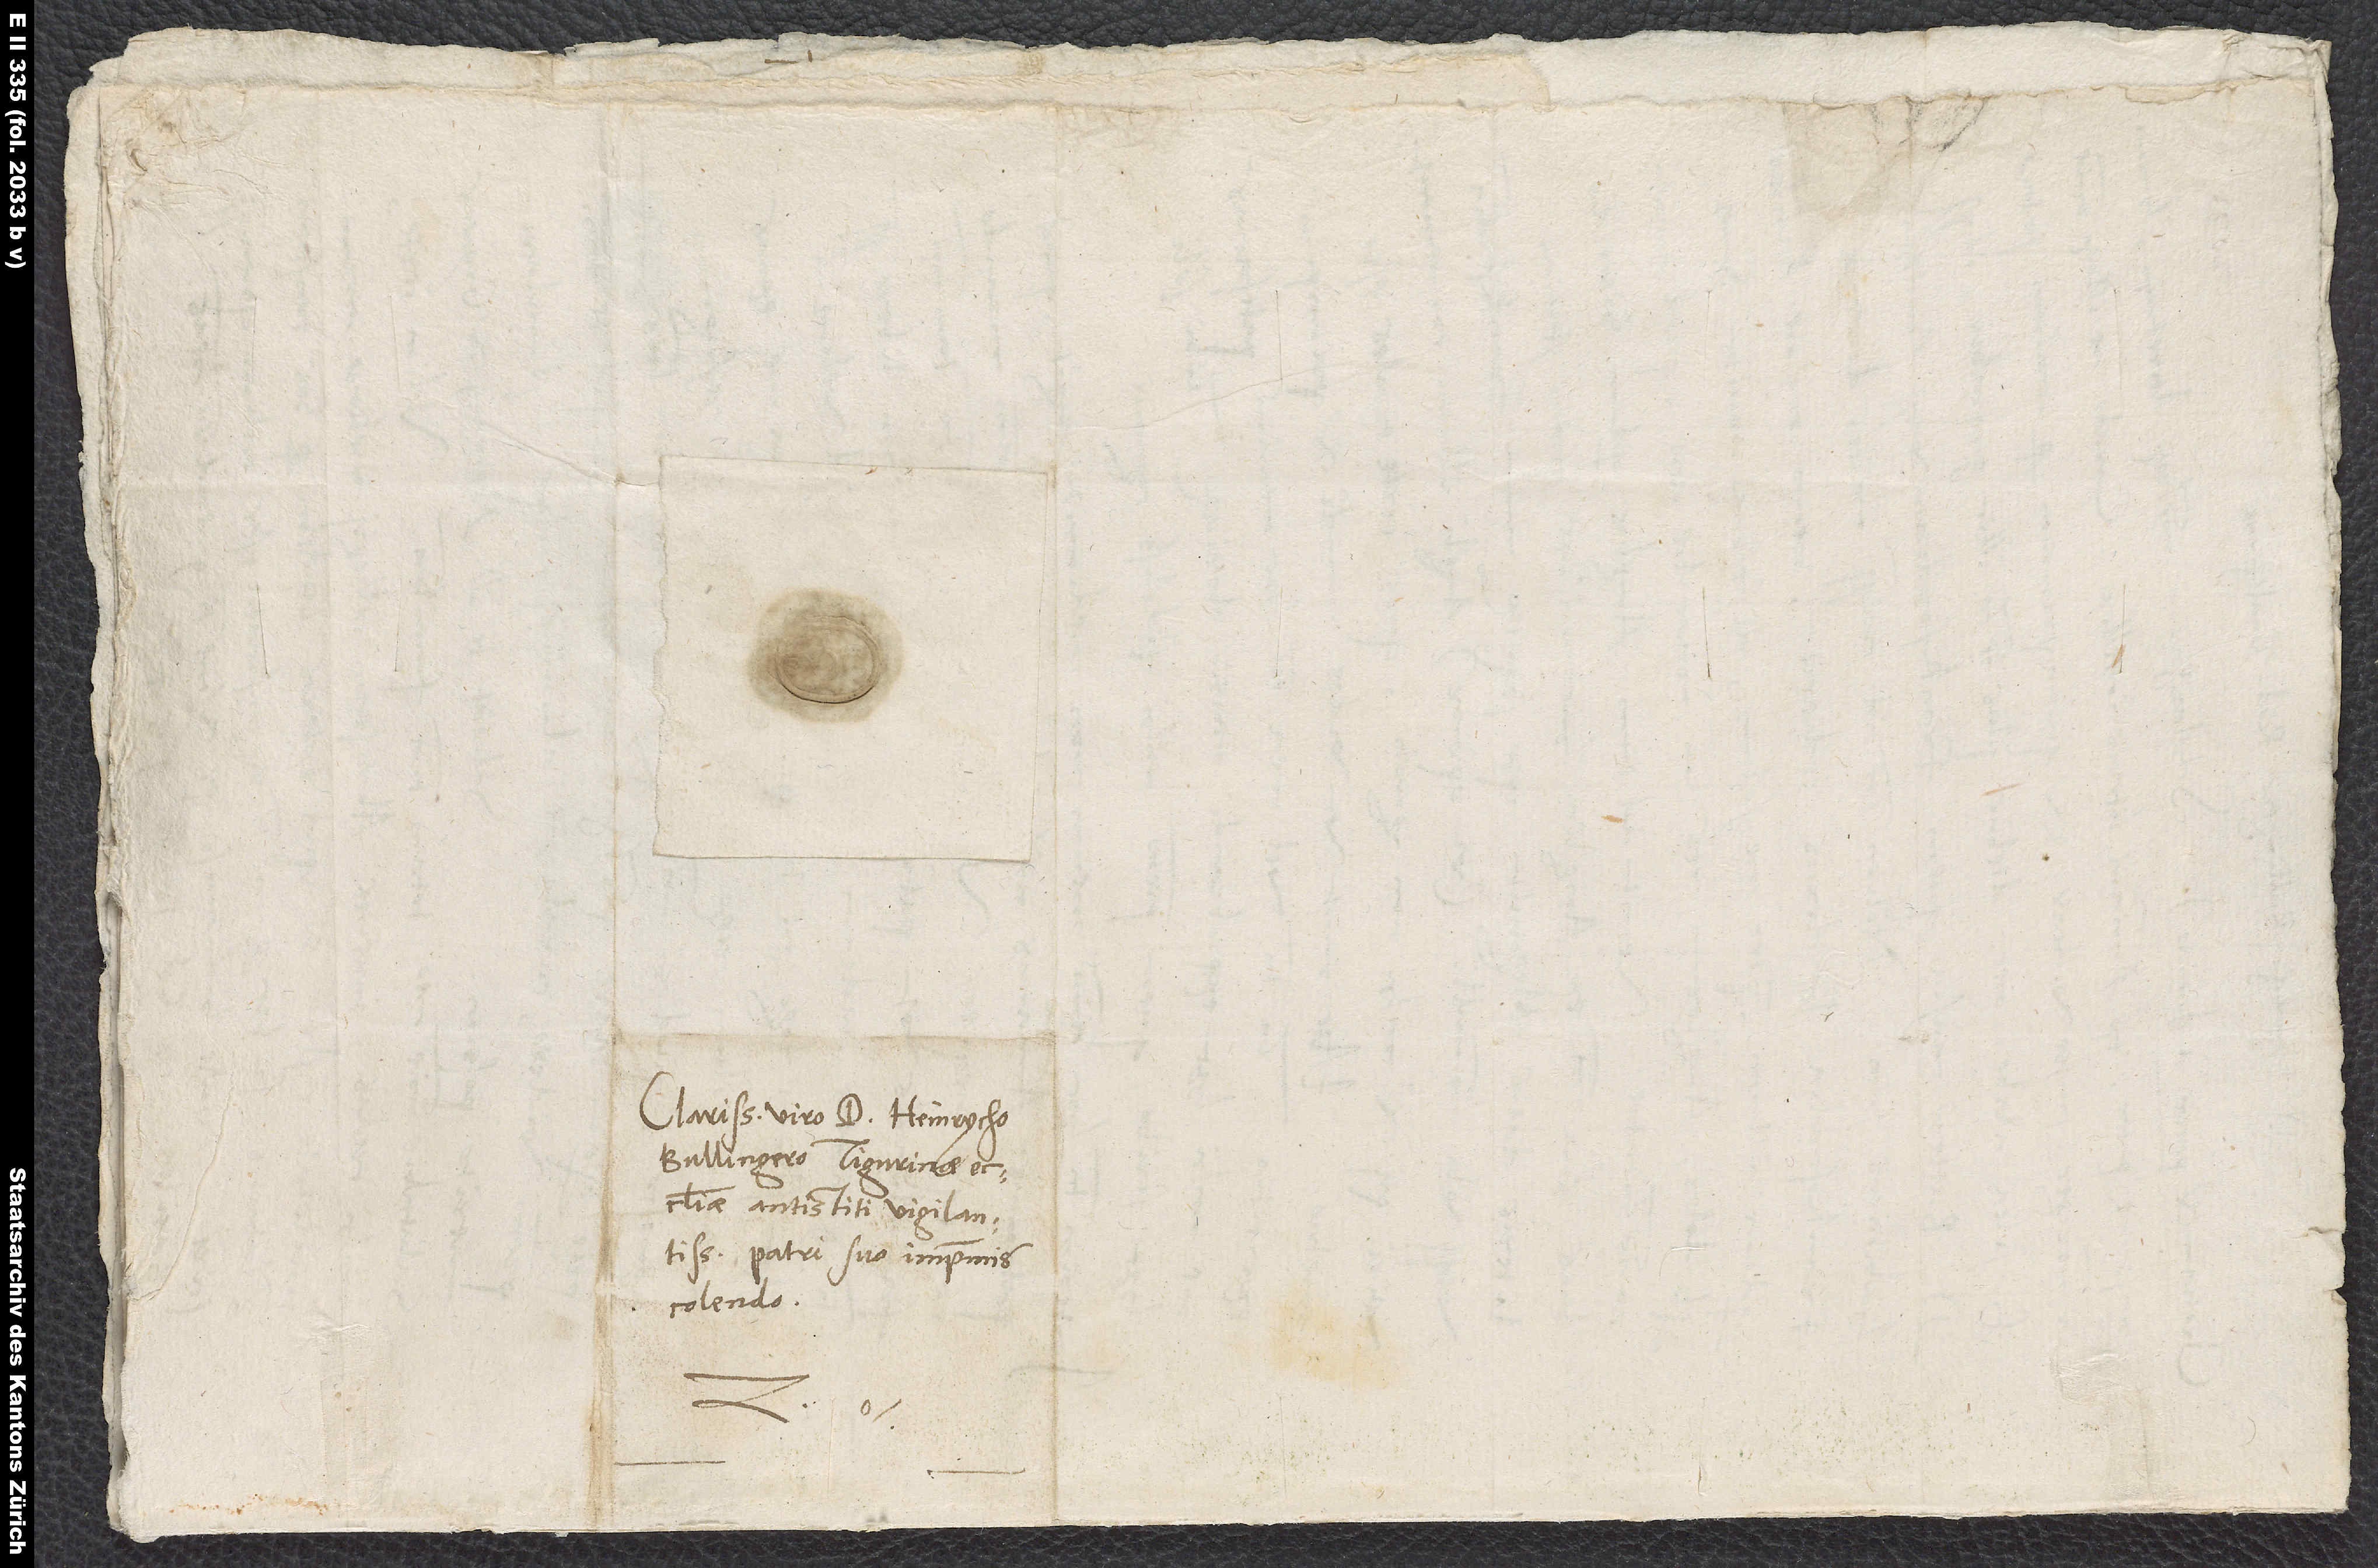
Clarissimo viro d. Heinrycho
Bullingero, Tigurinae
ecclesiae antistiti vigilantissimo,
patri suo imprimis
colendo.